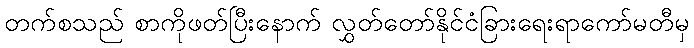
တက်စသည် စာကိုဖတ်ပြီးနောက် လွှတ်တော်နိုင်ငံခြားရေးရာကော်မတီမှ